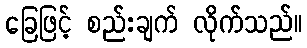
ခြေဖြင့် စည်းချက် လိုက်သည်။